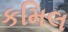
કમિલ